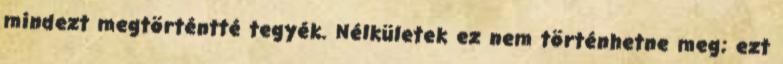
mindezt megtörténtté tegyék. Nélkületek ez nem történhetne meg; ezt